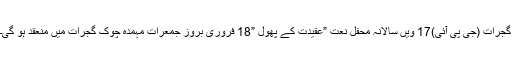
گجرات (جی پی آئی)17 ویں سالانہ محفل نعت ”عقیدت کے پھول ”18 فروری بروز جمعرات مہمدہ چوک گجرات میں منعقد ہو گی۔